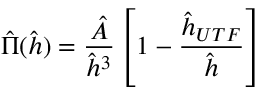
\hat { \Pi } ( \hat { h } ) = \frac { \hat { A } } { \hat { h } ^ { 3 } } \left[ 1 - \frac { \hat { h } _ { U T F } } { \hat { h } } \right]